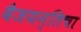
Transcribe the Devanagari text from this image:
वैजयन्तिचा